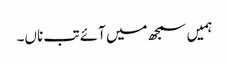
ہمیں سمجھ میں آئے تب ناں۔